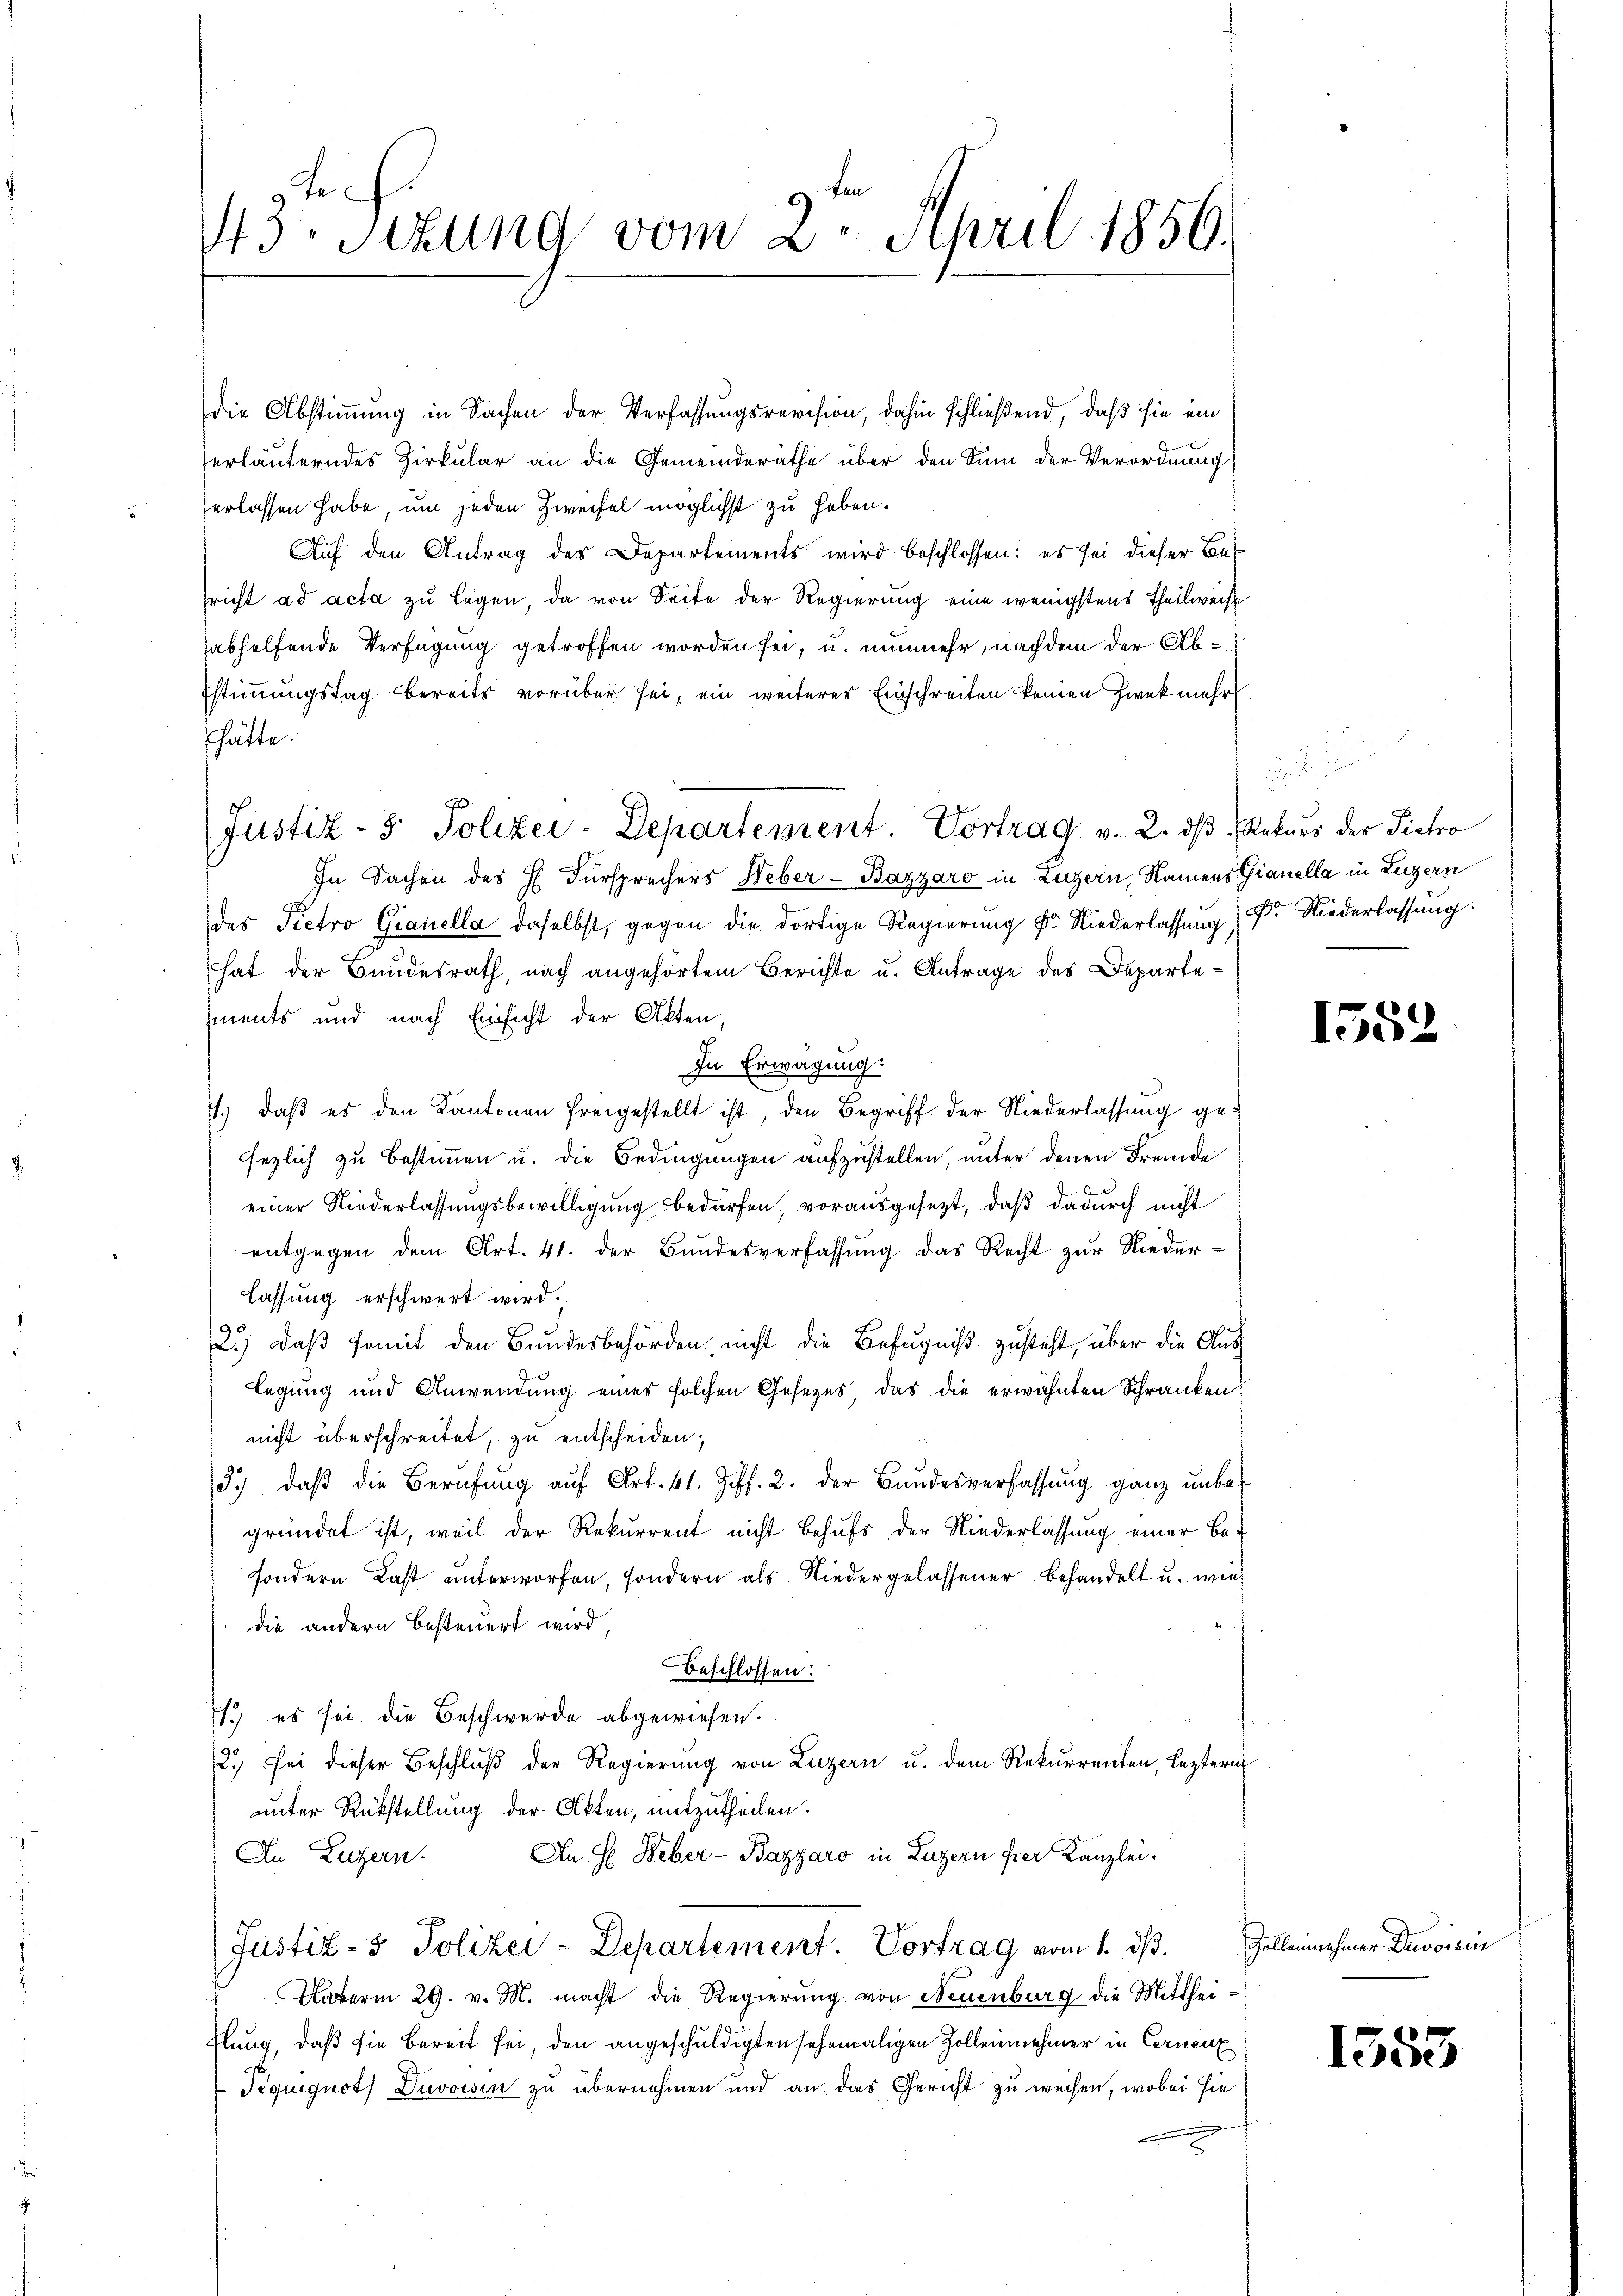
tich
43. Sitzung vom 2. April 1856.

die Abstimmung in Sachen der Verfassungsrevision, dahin schließend, daß sie ein
erläuterndes Zirkular an die Gemeinderäthe über den Sin der Verordnung
erlassen habe, um jeden Zweifel möglichst zu haben.
Auf den Antrag des Departements wird beschlossen: es sei dieser Besricht ad acta zu legen, da von Seite der Regierung eine wenigstens Theilweise
abhelfende Verfügung getroffen worden sei, u. nunmehr, nach dem der Ab¬
Estimmungstag bereits vorüber sei, ein weiteres Einschreiten keinen Zweck mehr
hätte.
In Sachen des H. Fürsprechers Weber - Bazzaro in Luzern, Namens Gianella in Luzern
des Pietro Gianella daselbst, gegen die dortige Regierung Fr. Niederlassung (Dr. Niederlassung.
hat der Bundesrath, nach angehörtem Berichte u. Antrage des Departements und nach Einsicht der Akten,
In Erwägung.
1.) daß es den Kantonen freigestellt ist, den Begriff der Niederlassung gesezlich zu bestimmen u. die Bedingungen aufzustellen, unter denen Fremde
einer Niederlassungsbewilligung bedürfen, vorausgesezt, daß dadurch nicht
entgegen dem Art. 41. der Bundesverfassung das Recht zur Niederlassung erschwert wird.
2.) Daß somit den Bundesbehörden, nicht die Befugniß zusteht, über die Aus
legung und Anwendung eines solchen Gesezes, das die erwähnten Schranken
nicht überschreitet, zu entscheiden;
3.) daß die Berufung auf Art. 41. Ziff. 2. der Bundesverfassung ganz unbegründet ist, weil der Rekurrent nicht behufs der Niederlassung einer Be-
sondern Last unterworfen, sondern als Niedergelassener Behandelt u. wie
die andern besteuert wird,
Beschlossen:
1.) es sei die Beschwerde abgewiesen.
12.) Sei dieser Beschluß der Regierung von Luzern u. dem Rekurrenten, leztern
unter Rückstellung der Akten, mitzutheilen.
An H Heber - Bazzaro in Luzern hier Kanzlei.
In Luzern.
Justiz- & Polizei-Departement. Vortrag vom 1. ds.
Auterm 29. v. M. macht die Regierung von Neuenburg die Mittheihlung, daß sie bereit sei, den angeschuldigten sehemaligen Zollennehmer in Cernenz
Tequignot) Duvoisin zu übernehmen und an das Gericht zu weisen, wobei sie
c

Justiz- & Polizei-Departement. Vortrag v. 2. dβ Rekurs der Pietro

1552

Zollennehmer Dnovicin

1555